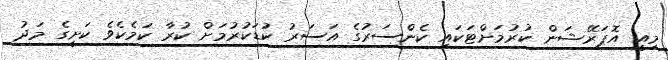
މިއީ އޮޕަރޭޝަން ކުރުމަށްޓަކައި ކެންސަރުގެ އަސަރު ކުޑަކުރުމަށް ކުރާ ކަމެކެވެ ކަށީގެ މަދު